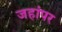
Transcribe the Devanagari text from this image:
जहांपर